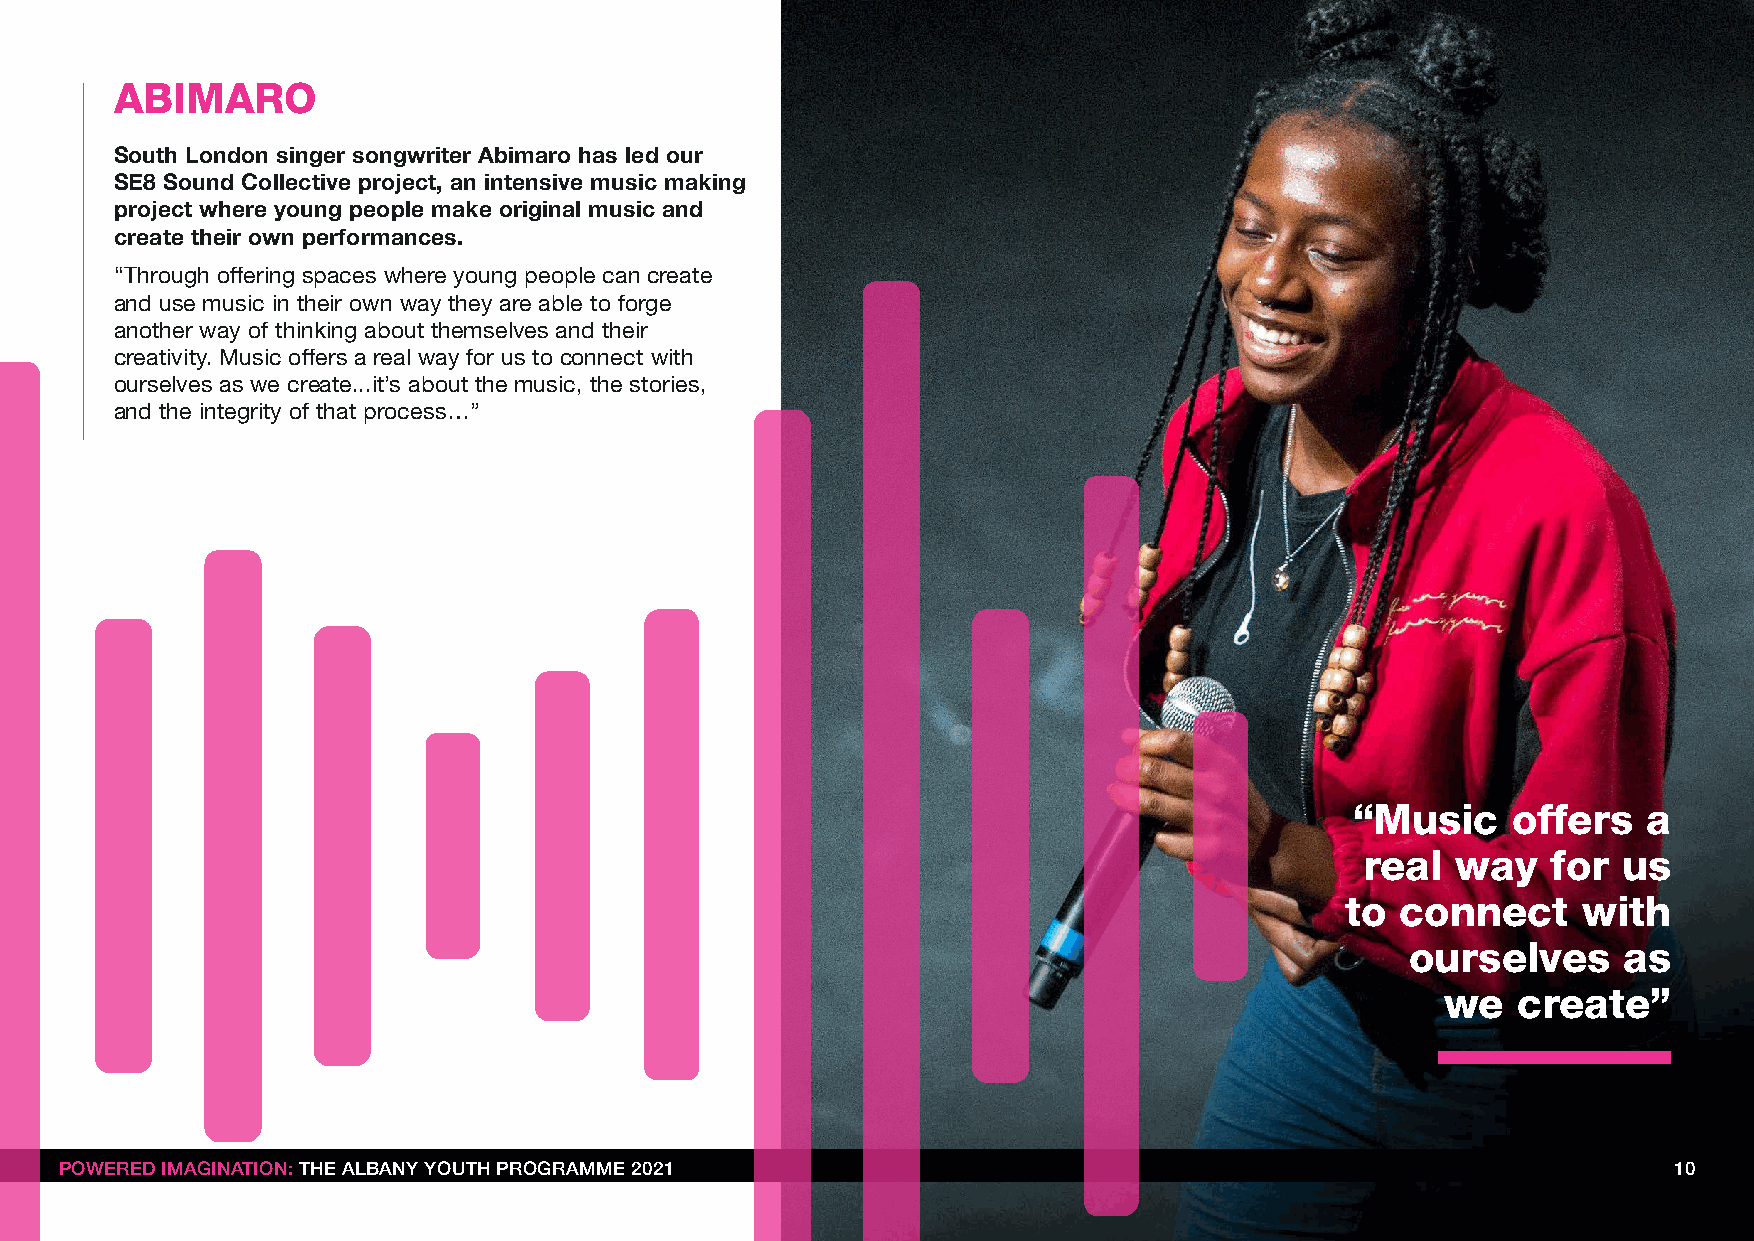
ABIMARO
 South London singer songwriter Abimaro has led our
 SE8 Sound Collective project, an intensive music making
 project where young people make original music and
 create their own performances.
 “Through offering spaces where young people can create
 and use music in their own way they are able to forge
 another way of thinking about themselves and their
 creativity. Music offers a real way for us to connect with
 ourselves as we create...it’s about the music, the stories,
 and the integrity of that process…”
 “Music    offers   a
 real  way    for us
 to  connect     with
 ourselves     as
 we  create”
 PPOOWWEERREEDD IIMMAAGGIINNAATTIIOONN:: TTHHEE AALLBBAANNYY YYOOUUTTHH PPRROOGGRRAAMMMMEE 22002211         10